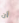
أن